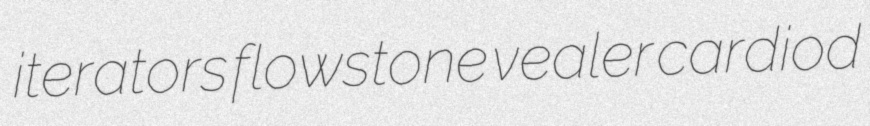
iterators flowstone vealer cardiod